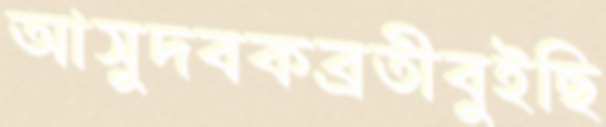
আসুদবকব্রতীবুইছি